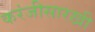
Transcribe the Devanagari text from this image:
करंजीसारखी